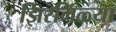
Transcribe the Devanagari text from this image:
झिरमिळ्या